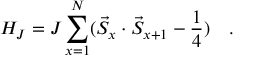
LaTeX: H _ { J } = J \sum _ { x = 1 } ^ { N } ( \vec { S } _ { x } \cdot \vec { S } _ { x + 1 } - \frac { 1 } { 4 } ) \quad .